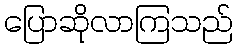
ပြောဆိုလာကြသည်